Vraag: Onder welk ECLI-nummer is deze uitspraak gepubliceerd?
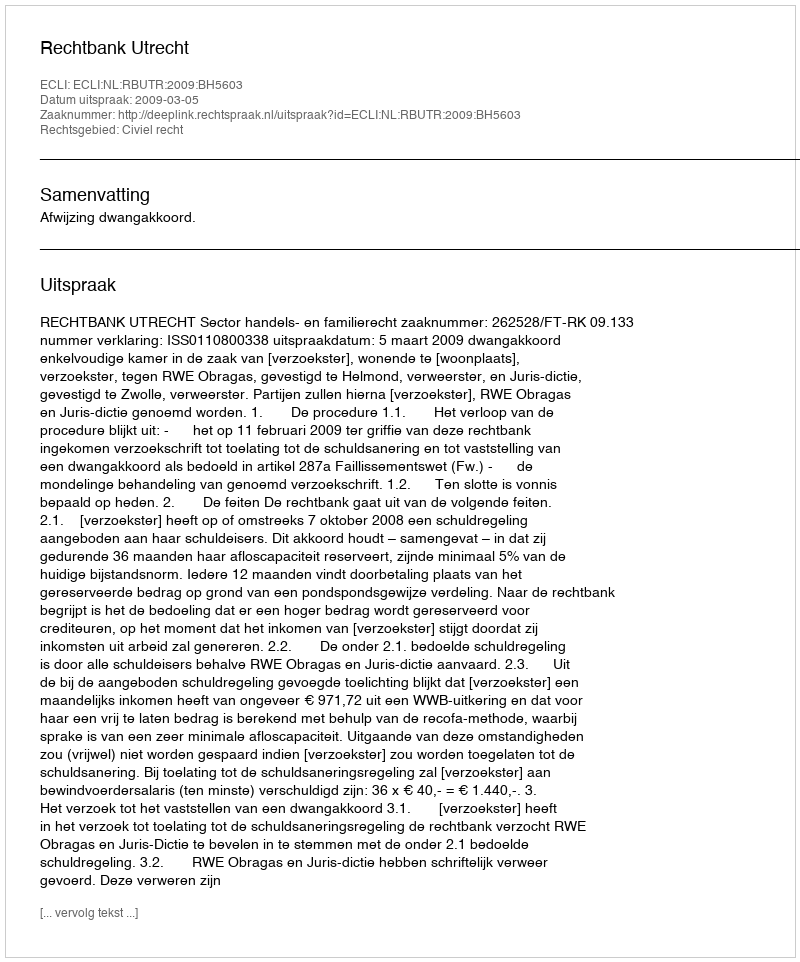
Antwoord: ECLI:NL:RBUTR:2009:BH5603